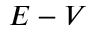
E - V